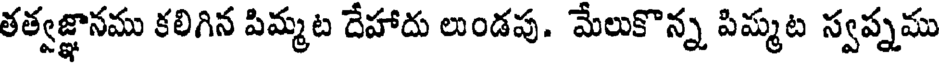
తత్వజ్ఞానము కలిగిన పిమ్మట దేహాదు లుండపు. మేలుకొన్న పిమ్మట స్వప్నము